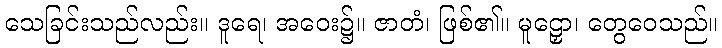
သေခြင်းသည်လည်း။ ဒူရေ၊ အဝေး၌။ ဇာတံ၊ ဖြစ်၏။ မူဠှော၊ တွေဝေသည်။